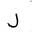
Letter: _lam